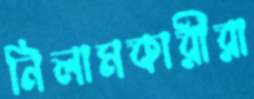
নিলামকারীরা